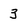
Character: 3